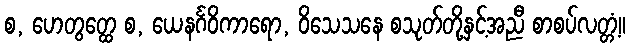
စ, ဟေတွတ္ထေ စ, ယေနင်္ဂဝိကာရော, ဝိသေသနေ စသုတ်တို့နှင့်အညီ စာစပ်လတ္တံ့။